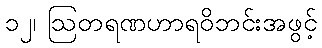
၁၂၊ ဩတရဏဟာရဝိဘင်းအဖွင့်